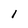
Character: l